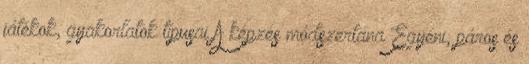
játékok, gyakorlatok típusai A képzés módszertana Egyéni, páros és